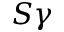
S \gamma